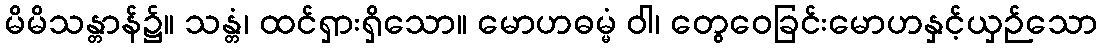
မိမိသန္တာန်၌။ သန္တံ၊ ထင်ရှားရှိသော။ မောဟဓမ္မံ ဝါ၊ တွေဝေခြင်းမောဟနှင့်ယှဉ်သော